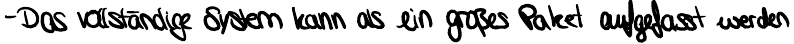
- Das vollständige System kann als ein großes Paket aufgefasst werden